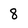
Character: 8